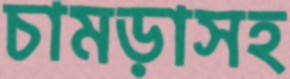
চামড়াসহ